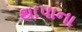
થાપાના